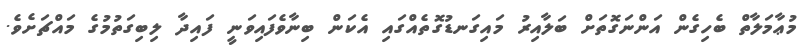
މުޢާމަލާތް ބެހިގެން އަންނަގޮތަށް ބަލާއިރު މައިގަނޑުގޮތެއްގައި އެކަން ބިނާވެފައިވަނީ ފައިދާ ލިބިގަތުމުގެ މައްޗަށެވެ.